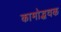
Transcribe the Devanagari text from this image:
कामोद्भवक